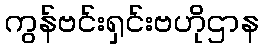
ကွန်ဗင်းရှင်းဗဟိုဌာန